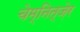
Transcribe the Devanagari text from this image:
चेम्नित्ज़ेर